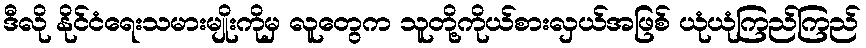
ဒီလို နိုင်ငံရေးသမားမျိုးကိုမှ လူတွေက သူတို့ကိုယ်စားလှယ်အဖြစ် ယုံယုံကြည်ကြည်